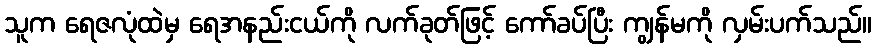
သူက ရေဇလုံထဲမှ ရေအနည်းငယ်ကို လက်ခုတ်ဖြင့် ကော်ခပ်ပြီး ကျွန်မကို လှမ်းပက်သည်။